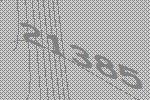
21385